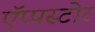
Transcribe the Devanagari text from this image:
ऍप्पस्टोर